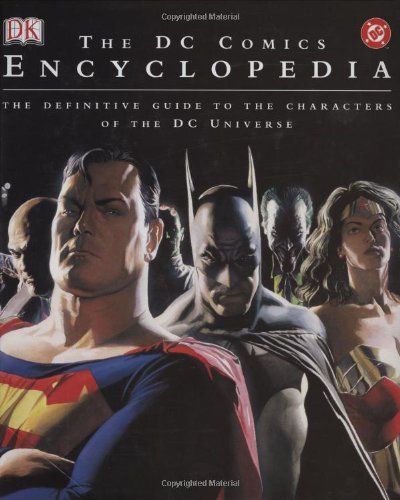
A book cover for The DC Comics Encyclopedia: The Definitive Guide to the Characters of the DC Universe; Scott Beatty; Comics & Graphic Novels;